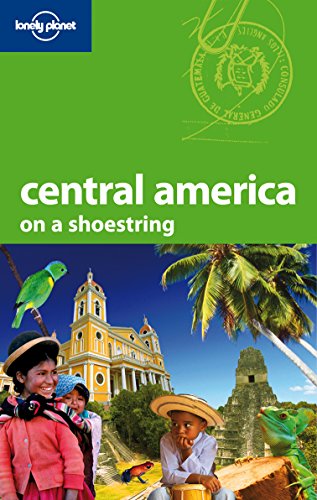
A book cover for Lonely Planet Central America (Shoestring Travel Guide); Carolyn McCarthy; Travel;